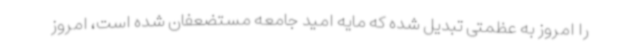
را امروز به عظمتی تبدیل شده که مایه امید جامعه مستضعفان شده است، امروز